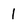
Character: 1